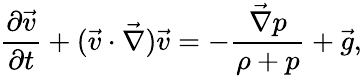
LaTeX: {\frac{\partial{\vec{v}}}{\partial{t}}}+(\vec{v}\cdot\vec{\nabla})\vec{v}=-{\frac{\vec{\nabla}p}{\rho+p}}+\vec{g},